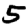
Digit: 5